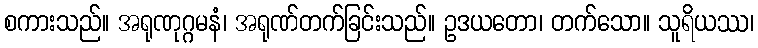
စကားသည်။ အရုဏုဂ္ဂမနံ၊ အရုဏ်တက်ခြင်းသည်။ ဥဒယတော၊ တက်သော။ သူရိယဿ၊